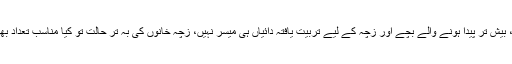
تحفظ تو ایک الگ سوال ہے، بیش تر پیدا ہونے والے بچے اور زچہ کے لیے تربیت یافتہ دائیاں ہی میسر نہیں، زچہ خانوں کی بہ تر حالت تو کیا مناسب تعداد بھی ایک لطیفے سے کم نہیں۔